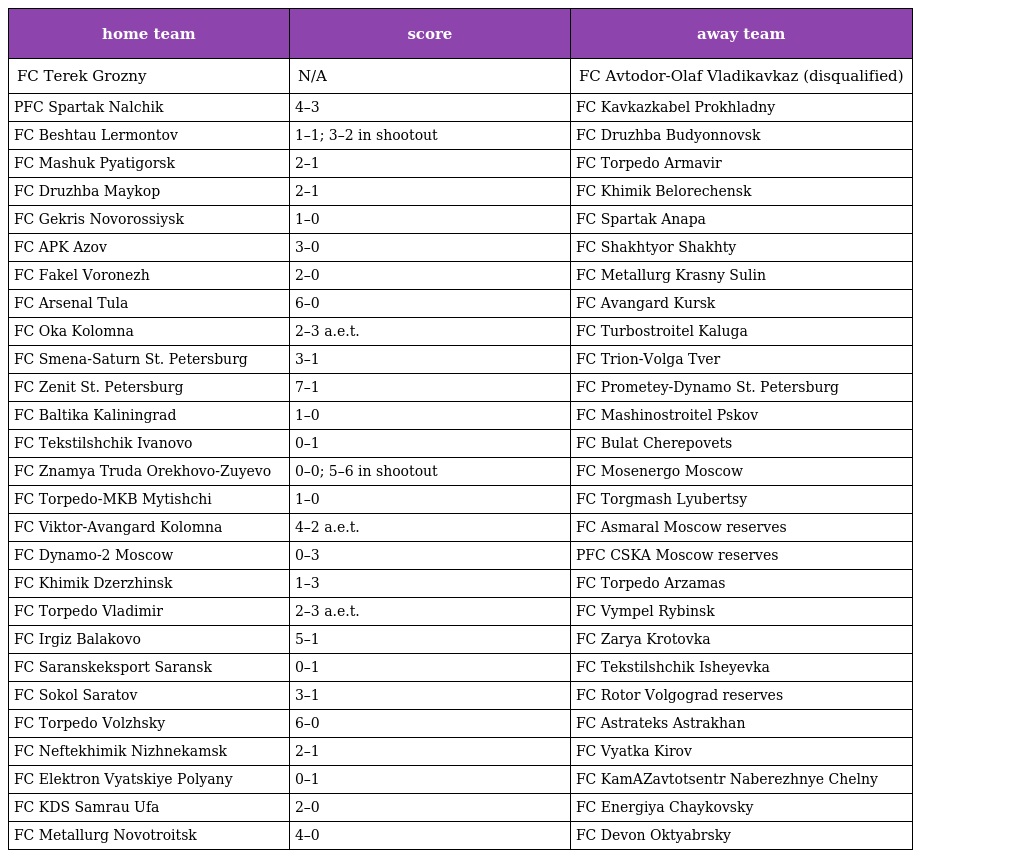
| home team | score | away team |
 | --- | --- | --- |
 | FC Terek Grozny | N/A | FC Avtodor-Olaf Vladikavkaz (disqualified) |
 | PFC Spartak Nalchik | 4–3 | FC Kavkazkabel Prokhladny |
 | FC Beshtau Lermontov | 1–1; 3–2 in shootout | FC Druzhba Budyonnovsk |
 | FC Mashuk Pyatigorsk | 2–1 | FC Torpedo Armavir |
 | FC Druzhba Maykop | 2–1 | FC Khimik Belorechensk |
 | FC Gekris Novorossiysk | 1–0 | FC Spartak Anapa |
 | FC APK Azov | 3–0 | FC Shakhtyor Shakhty |
 | FC Fakel Voronezh | 2–0 | FC Metallurg Krasny Sulin |
 | FC Arsenal Tula | 6–0 | FC Avangard Kursk |
 | FC Oka Kolomna | 2–3 a.e.t. | FC Turbostroitel Kaluga |
 | FC Smena-Saturn St. Petersburg | 3–1 | FC Trion-Volga Tver |
 | FC Zenit St. Petersburg | 7–1 | FC Prometey-Dynamo St. Petersburg |
 | FC Baltika Kaliningrad | 1–0 | FC Mashinostroitel Pskov |
 | FC Tekstilshchik Ivanovo | 0–1 | FC Bulat Cherepovets |
 | FC Znamya Truda Orekhovo-Zuyevo | 0–0; 5–6 in shootout | FC Mosenergo Moscow |
 | FC Torpedo-MKB Mytishchi | 1–0 | FC Torgmash Lyubertsy |
 | FC Viktor-Avangard Kolomna | 4–2 a.e.t. | FC Asmaral Moscow reserves |
 | FC Dynamo-2 Moscow | 0–3 | PFC CSKA Moscow reserves |
 | FC Khimik Dzerzhinsk | 1–3 | FC Torpedo Arzamas |
 | FC Torpedo Vladimir | 2–3 a.e.t. | FC Vympel Rybinsk |
 | FC Irgiz Balakovo | 5–1 | FC Zarya Krotovka |
 | FC Saranskeksport Saransk | 0–1 | FC Tekstilshchik Isheyevka |
 | FC Sokol Saratov | 3–1 | FC Rotor Volgograd reserves |
 | FC Torpedo Volzhsky | 6–0 | FC Astrateks Astrakhan |
 | FC Neftekhimik Nizhnekamsk | 2–1 | FC Vyatka Kirov |
 | FC Elektron Vyatskiye Polyany | 0–1 | FC KamAZavtotsentr Naberezhnye Chelny |
 | FC KDS Samrau Ufa | 2–0 | FC Energiya Chaykovsky |
 | FC Metallurg Novotroitsk | 4–0 | FC Devon Oktyabrsky |